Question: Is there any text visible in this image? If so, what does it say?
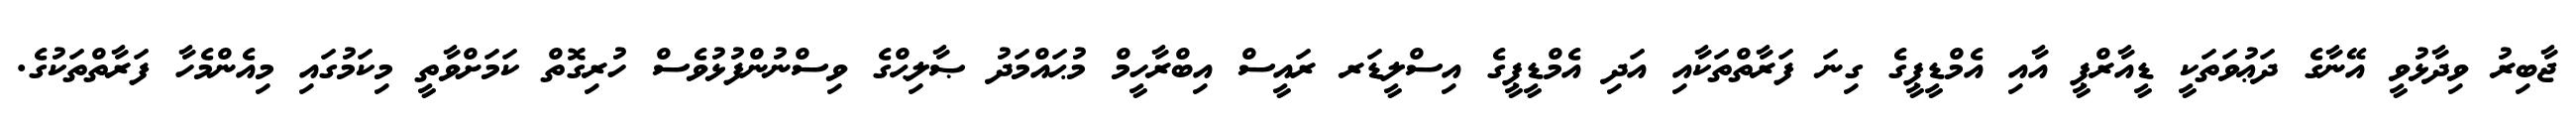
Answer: ޖާބިރު ވިދާޅުވީ އޭނާގެ ދަޢުވަތަކީ ޑީއާރްޕީ އާއި އެމްޑީޕީގެ ގިނަ ފަރާތްތަކާއި އަދި އެމްޑީޕީގެ އިސްލީޑަރ ރައީސް އިބްރާހީމް މުޙައްމަދު ޞާލިޙްގެ ވިސްނުންފުޅުވެސް ހުރިގޮތް ކަމަށްވާތީ މިކަމުގައި މިއެންމެހާ ފަރާތްތަކުގެ.